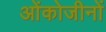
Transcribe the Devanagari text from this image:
ओंकोजीनों